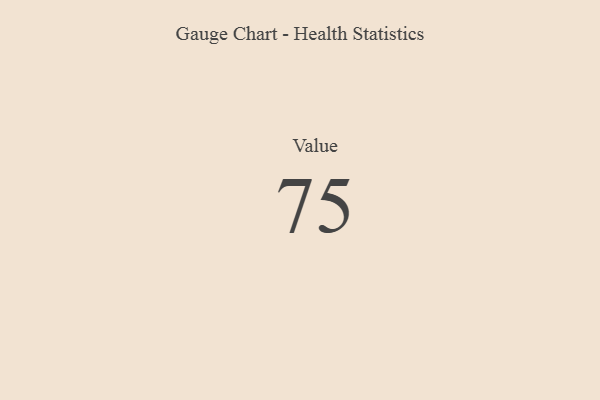
{"axis": {"x": "Metric", "y": "Value"}, "legend": [""], "data": [{"x": "Value", "y": 75, "type": ""}]}